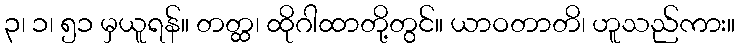
၃၊ ၁၊ ၅၁ မှယူရန်။ တတ္ထ၊ ထိုဂါထာတို့တွင်။ ယာဝတာတိ၊ ဟူသည်ကား။